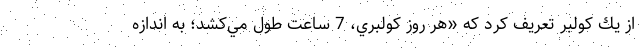
از يك كولبر تعريف كرد كه «هر روز كولبري، 7 ساعت طول مي‌كشد؛ به اندازه